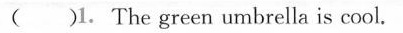
()1.The green umbrella is cool.